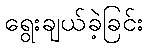
ရွေးချယ်ခဲ့ခြင်း